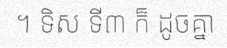
។ ទិស ទី៣ ក៏ ដូចគ្នា